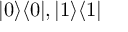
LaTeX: | 0 \rangle \langle 0 | , | 1 \rangle \langle 1 |